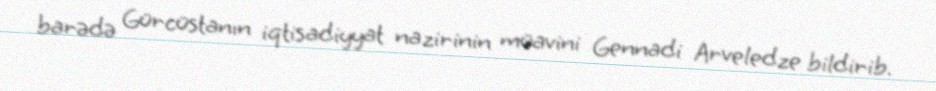
barədə Gürcüstanın iqtisadiyyat nazirinin müavini Gennadi Arveledze bildirib.